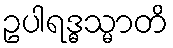
ဥပါရဒ္ဓသ္မာတိ